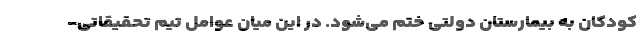
کودکان به بیمارستان دولتی ختم می‌شود. در این میان عوامل تیم تحقیقاتی-